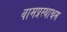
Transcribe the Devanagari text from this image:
वामप्रस्थाश्रम